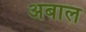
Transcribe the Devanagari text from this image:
अबाल